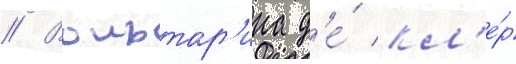
// Вольтар'ина д'е́ кл'е́р